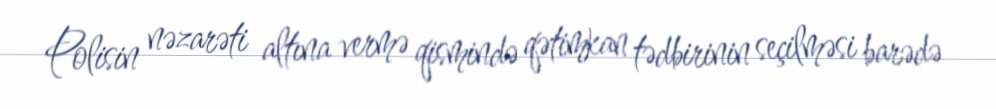
Polisin nəzarəti altına vermə qismində qətimkan tədbirinin seçilməsi barədə